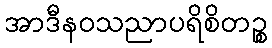
အာဒီနဝသညာပရိစိတဉ္စ